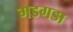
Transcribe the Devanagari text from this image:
गडगडा